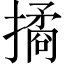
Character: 𢵮